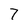
Character: 7